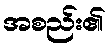
အစည်း၏